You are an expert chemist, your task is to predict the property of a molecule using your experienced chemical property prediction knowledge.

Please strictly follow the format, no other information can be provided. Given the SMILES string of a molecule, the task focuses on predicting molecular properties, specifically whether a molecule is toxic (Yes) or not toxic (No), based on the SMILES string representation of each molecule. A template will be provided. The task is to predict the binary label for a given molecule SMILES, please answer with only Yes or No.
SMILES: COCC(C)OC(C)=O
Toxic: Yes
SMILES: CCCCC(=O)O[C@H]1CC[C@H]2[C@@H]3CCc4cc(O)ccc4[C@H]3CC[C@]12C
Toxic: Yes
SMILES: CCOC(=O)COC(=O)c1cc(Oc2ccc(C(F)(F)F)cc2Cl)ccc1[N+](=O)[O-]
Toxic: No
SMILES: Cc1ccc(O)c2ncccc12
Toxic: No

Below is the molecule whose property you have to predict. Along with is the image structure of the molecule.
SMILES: Cc1occc1C(=O)Nc1ccc(C(=O)N2CCC(F)(F)/C(=C\C(=O)N3CCC(N4CCCCC4)CC3)c3ccccc32)cc1.Cc1occc1C(=O)Nc1ccc(C(=O)N2CCC(F)(F)/C(=C\C(=O)N3CCC(N4CCCCC4)CC3)c3ccccc32)cc1
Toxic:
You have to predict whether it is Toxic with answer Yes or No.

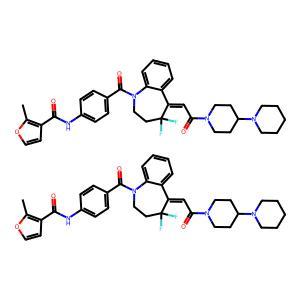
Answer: No